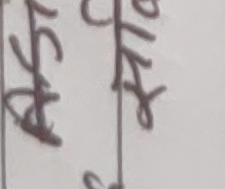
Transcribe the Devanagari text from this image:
खुस
कति